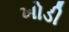
ખોડી